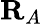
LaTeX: \mathbf{R}_{A}